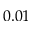
0 . 0 1